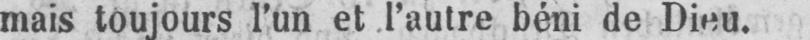
mais toujours l’un et l’autre béni de Dieu.